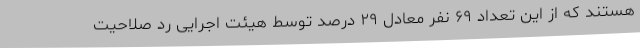
هستند که از این تعداد ۶۹ نفر معادل ۲۹ درصد توسط هیئت اجرایی رد صلاحیت